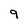
Character: 9